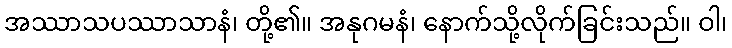
အဿာသပဿာသာနံ၊ တို့၏။ အနုဂမနံ၊ နောက်သို့လိုက်ခြင်းသည်။ ဝါ၊